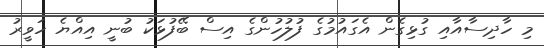
މި ހާދިސާއާއި ގުޅިގެން އެގައުމުގެ ފުލުހުންގެ އިސް ބޭފުޅަކު ބުނީ އިއްޔެ ހަވީރު